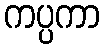
ကပ္ပကာ